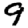
Digit: 9